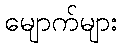
မျောက်များ